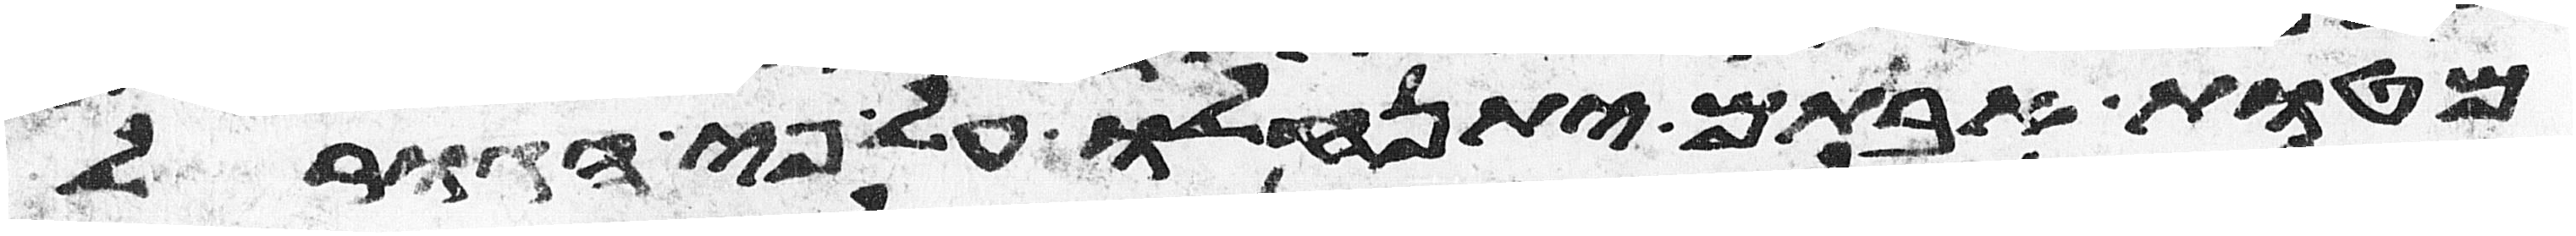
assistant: מטות אבתיכם יתנחלו על פי הגורל